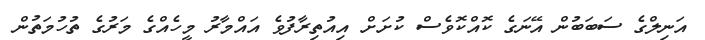
އަނިލްގެ ސަބަބުން އޭނަގެ ކޮއްކޮވެސް ކުށަށް އިއުތިރާފުވެ އައްމާރު މީހެއްގެ މަރުގެ ތުހުމަތުން